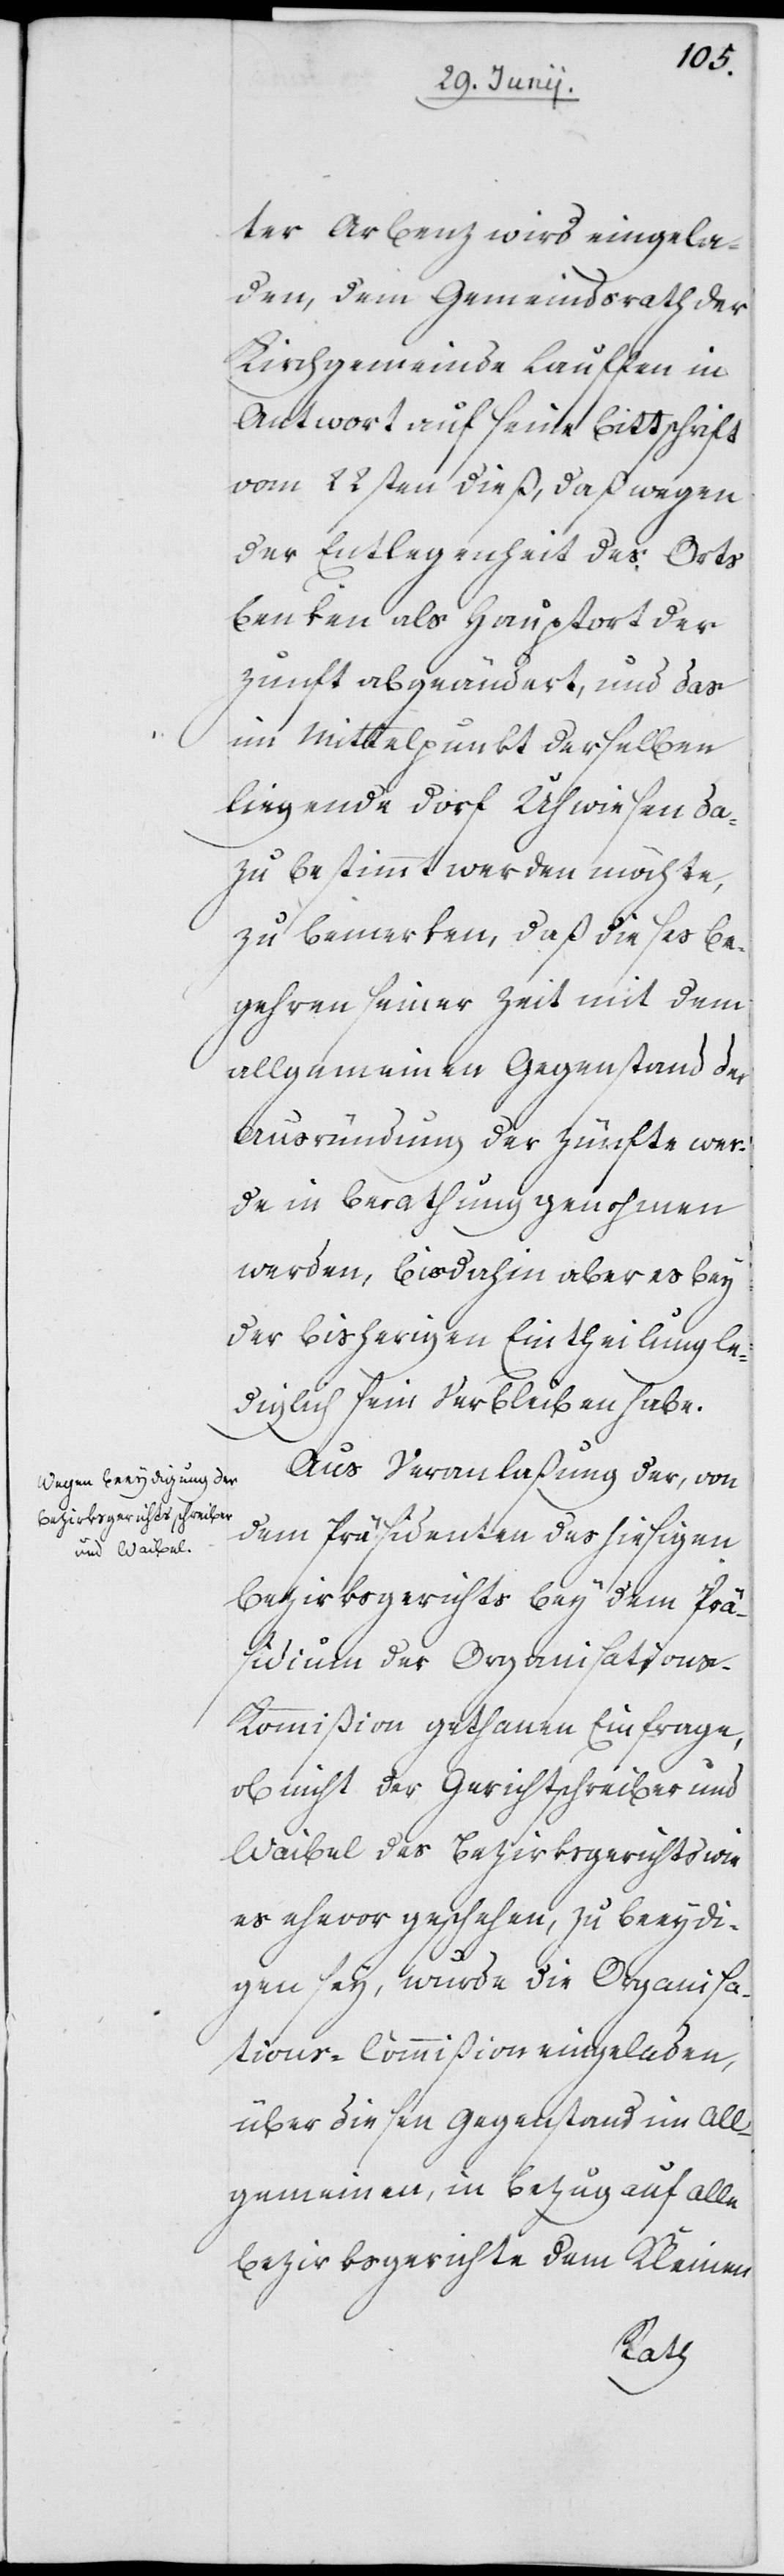
ter Arbenz wird eingela¬
den, dem Gemeindsrath der
Kirchgemeinde Lauffen in
Antwort auf seine Bittschrift
vom 22sten dieß, daß wegen
der Entlegenheit des Orts
Benken als Hauptort der
Zunft abgeändert, und das
im Mittelpunkt derselben
liegende Dorf Uhwiesen da¬
zu bestimmt werden möchte,
zu bemerken, daß dieses Be¬
gehren seiner Zeit mit dem
allgemeinen Gegenstand der
Ausründung der Zünfte wer¬
de in Berathung genohmen
werden, bis dahin aber es bey
der bisherigen Eintheilung le¬
diglich sein Verbleiben habe.
Aus Veranlaßung der, von
dem Präsidenten des hiesigen
Bezirksgerichts bey dem Präsi¬
dium der Organisation¬
s-Kommißion gethanen Einfrage,
ob nicht der Gerichtschreiber und
Waibel des Bezirksgerichts wie
es ehevor geschehen, zu beeydi¬
gen sey, wurde die Organisa¬
tions-Commißion eingeladen,
über diesen Gegenstand im All¬
gemeinen, in Bezug auf alle
Bezirksgerichte dem Kleinen